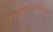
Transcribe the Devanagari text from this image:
तिरुचिरापल्लीपासून